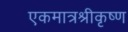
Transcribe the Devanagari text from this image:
एकमात्रश्रीकृष्ण